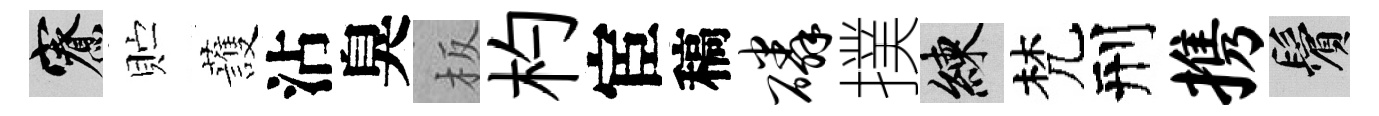
寮贮䕶沾臭板杓宦稿磷撲練梵刑携鬢